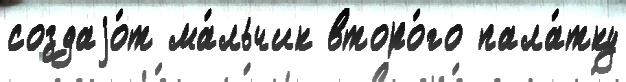
создаjо́т ма́льчик второ́го пала́тку